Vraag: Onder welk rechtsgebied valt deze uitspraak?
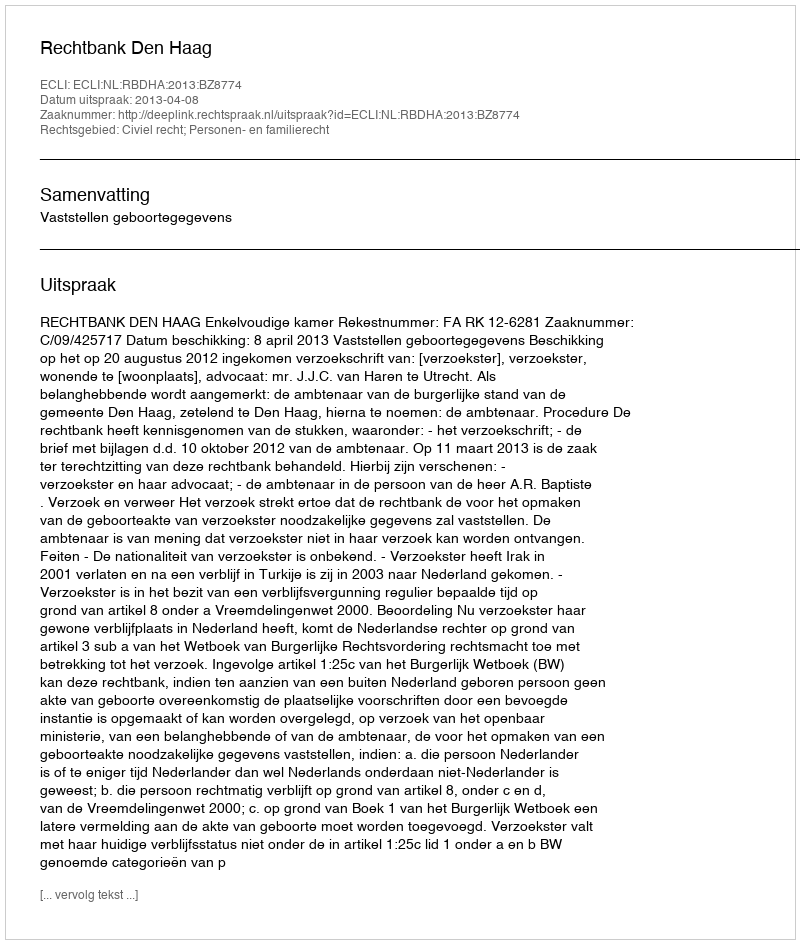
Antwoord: Civiel recht; Personen- en familierecht